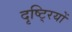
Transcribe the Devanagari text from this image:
दृष्टि्रयों